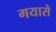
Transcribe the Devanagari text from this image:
गयासे